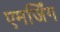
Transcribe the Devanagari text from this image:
एमर्जिंग